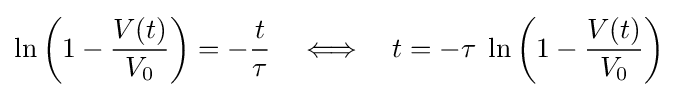
\ln \left(1-{\frac {V(t)}{V_{0}}}\right)=-{\frac {t}{\tau }}\quad \Longleftrightarrow \quad t=-\tau \;\ln \left(1-{\frac {V(t)}{V_{0}}}\right)